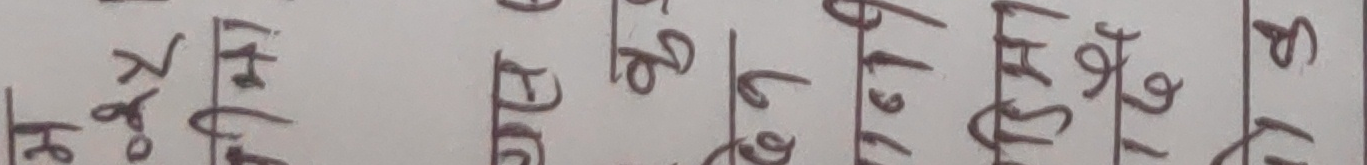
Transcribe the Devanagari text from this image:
के मा पूर्व पूर्व ९७७ पश्चिम १२६ ०९